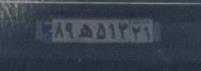
۸۹ه۵۱۳۲۱